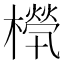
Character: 𣜧